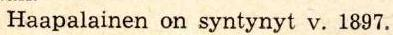
Haapalainen on syntynyt v. 1897.